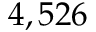
4 , 5 2 6